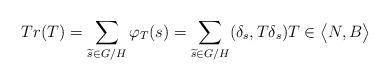
LaTeX: \begin{align*}Tr(T)=\sum_{\widetilde s\in G/H}\varphi_T(s)=\sum_{\widetilde s\in G/H}(\delta_s,T\delta_s) T\in \big<N,B\big>\end{align*}